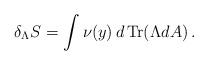
LaTeX: \begin{align*}\delta_\Lambda S = \int \nu(y) \, d \, {\rm Tr} (\Lambda dA)\,.\end{align*}